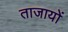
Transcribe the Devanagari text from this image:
ताजायों